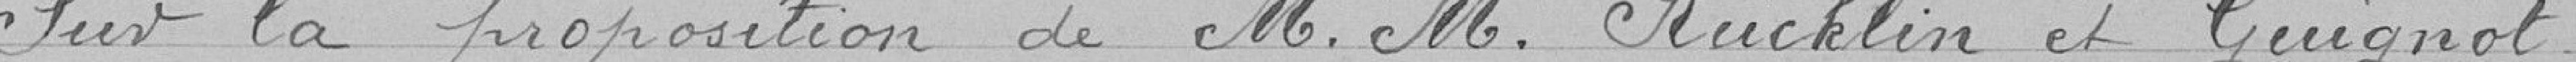
Sur la proposition de M. M. Rücklin et Guignot,